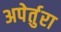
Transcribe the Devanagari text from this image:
अपेर्तुरा